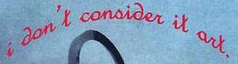
i don't consider it art.